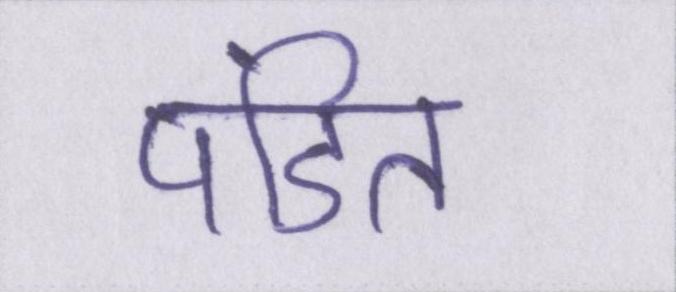
पंडित